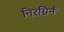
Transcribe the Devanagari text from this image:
निरग्निर्न